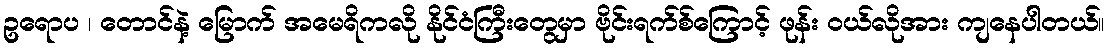
ဥရောပ ၊ တောင်နဲ့ မြောက် အမေရိကလို နိုင်ငံကြီးတွေမှာ ဗိုင်းရက်စ်ကြောင့် ဖုန်း ဝယ်လိုအား ကျနေပါတယ်။